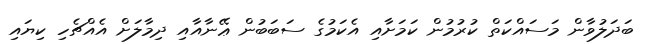
ބަދަލުވާން މަސައްކަތް ކުރުމުން ކަމަށާއި އެކަމުގެ ސަބަބުން ޢޭނާއާއި ދިމާލަށް އެއްޗެހި ކިޔައި